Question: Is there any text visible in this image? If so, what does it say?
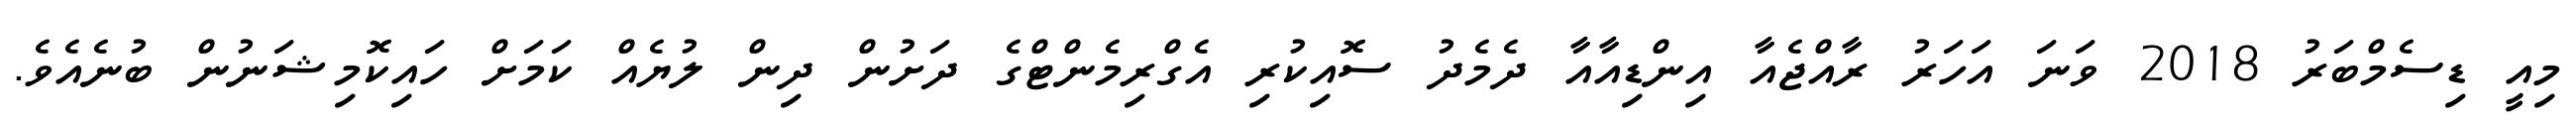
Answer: މިއީ ޑިސެމްބަރު 2018 ވަނަ އަހަރު ރާއްޖެއާ އިންޑިއާއާ ދެމެދު ސޮއިކުރި އެގްރިމެންޓްގެ ދަށުން ދިން ލުޔެއް ކަމަށް ހައިކޮމިޝަނުން ބުނެއެވެ.